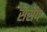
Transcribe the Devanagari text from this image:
सर्सप